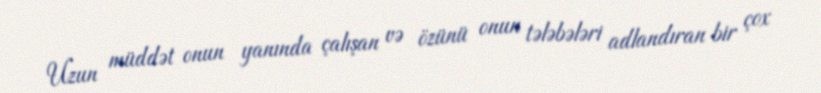
Uzun müddət onun yanında çalışan və özünü onun tələbələri adlandıran bir çox